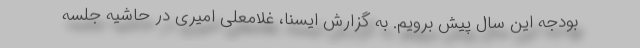
بودجه این سال پیش برویم. به گزارش ایسنا، غلامعلی امیری در حاشیه جلسه